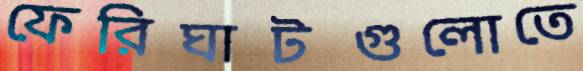
ফেরিঘাটগুলোতে